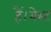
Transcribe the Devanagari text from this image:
हैं।बेस्ट